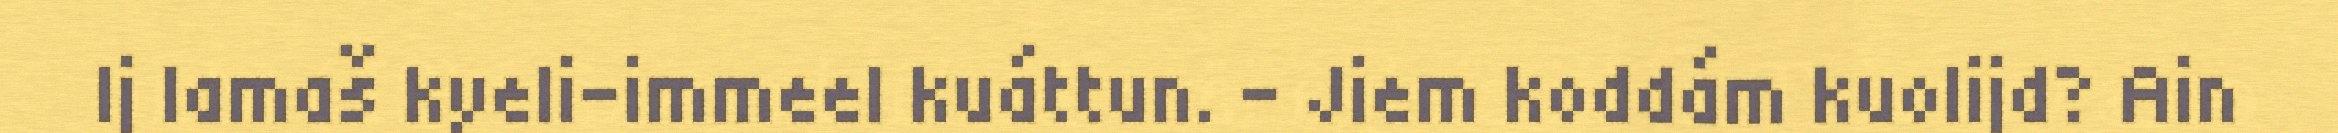
Ij lamaš kyeli-immeel kuáttun. – Jiem koddám kuolijd? Ain